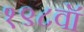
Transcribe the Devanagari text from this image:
१९८वॉ